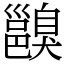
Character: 𨞑